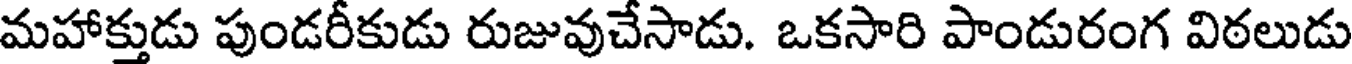
మహాక్తుడు పుండరీకుడు రుజువుచేసాడు. ఒకసారి పాండురంగ విఠలుడు